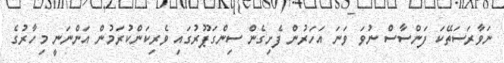
ނަވާރަސަތޭކަ ފަންސާސް ނުވަ ވަނަ އަހަރުން ފެށިގެން ސިންގަޕޫރުގައި ވެރިކަންކުރަމުން އަންނަނީ މިހާރުގެ